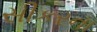
સીકરના